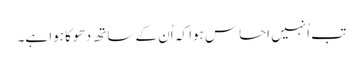
تب اُنہیں احساس ہوا کہ اُن کے ساتھ دھوکا ہوا ہے۔